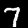
Digit: 7